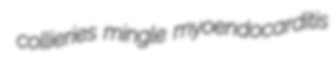
collieries mingle myoendocarditis